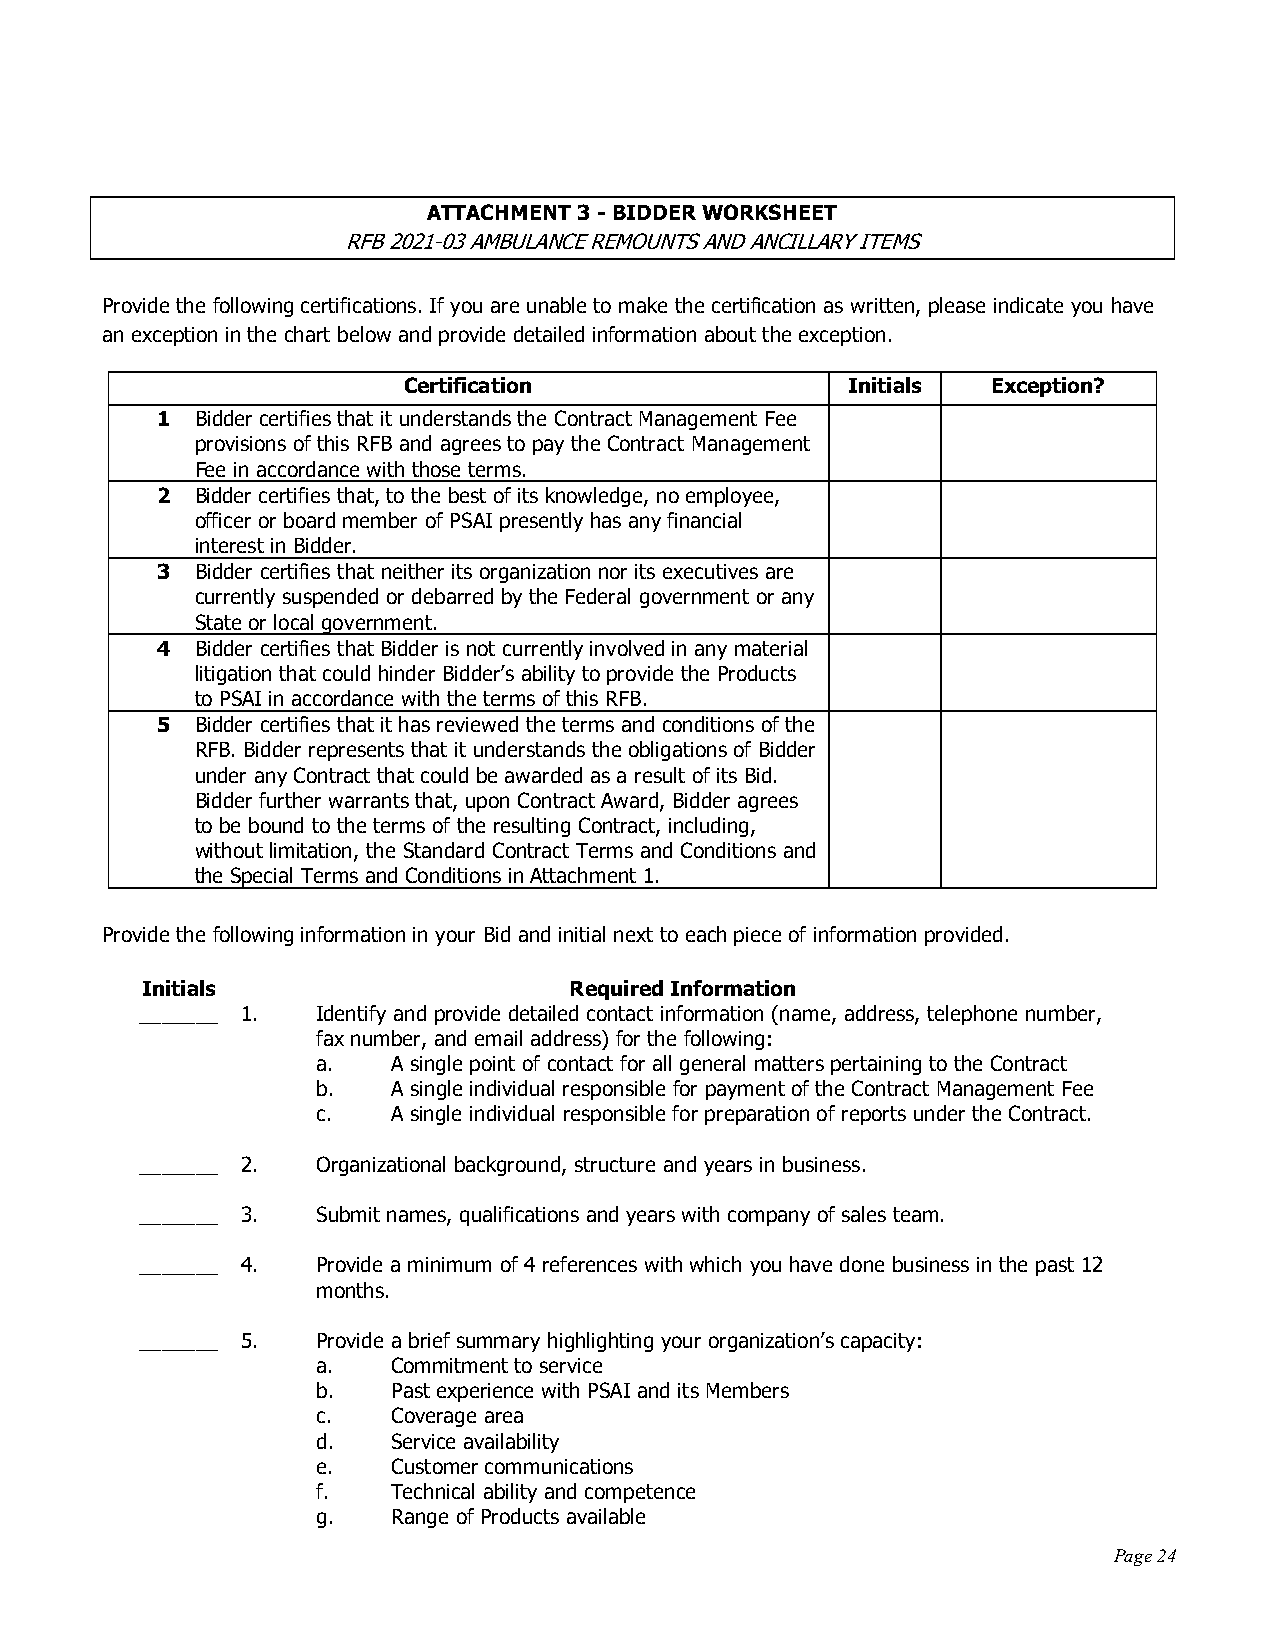
ATTACHMENT 3 - BIDDER WORKSHEET
 RFB 2021-03 AMBULANCE REMOUNTS AND ANCILLARY ITEMS
 Provide the following certifications. If you are unable to make the certification as written, please indicate you have
 an exception in the chart below and provide detailed information about the exception.
 Certification                Initials  Exception?
 1  Bidder certifies that it understands the Contract Management Fee
 provisions of this RFB and agrees to pay the Contract Management
 Fee in accordance with those terms.
 2  Bidder certifies that, to the best of its knowledge, no employee,
 officer or board member of PSAI presently has any financial
 interest in Bidder.
 3  Bidder certifies that neither its organization nor its executives are
 currently suspended or debarred by the Federal government or any
 State or local government.
 4  Bidder certifies that Bidder is not currently involved in any material
 litigation that could hinder Bidder’s ability to provide the Products
 to PSAI in accordance with the terms of this RFB.
 5  Bidder certifies that it has reviewed the terms and conditions of the
 RFB. Bidder represents that it understands the obligations of Bidder
 under any Contract that could be awarded as a result of its Bid.
 Bidder further warrants that, upon Contract Award, Bidder agrees
 to be bound to the terms of the resulting Contract, including,
 without limitation, the Standard Contract Terms and Conditions and
 the Special Terms and Conditions in Attachment 1.
 Provide the following information in your Bid and initial next to each piece of information provided.
 Initials                     Required Information
 _______ 1.  Identify and provide detailed contact information (name, address, telephone number,
 fax number, and email address) for the following:
 a.   A single point of contact for all general matters pertaining to the Contract
 b.   A single individual responsible for payment of the Contract Management Fee
 c.   A single individual responsible for preparation of reports under the Contract.
 _______ 2.  Organizational background, structure and years in business.
 _______ 3.  Submit names, qualifications and years with company of sales team.
 _______ 4.  Provide a minimum of 4 references with which you have done business in the past 12
 months.
 _______ 5.  Provide a brief summary highlighting your organization’s capacity:
 a.   Commitment to service
 b.   Past experience with PSAI and its Members
 c.   Coverage area
 d.   Service availability
 e.   Customer communications
 f.   Technical ability and competence
 g.   Range of Products available
 Page 24